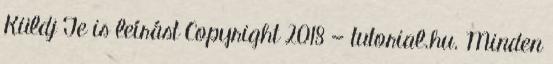
Küldj Te is leírást Copyright 2018 — tutorial.hu. Minden